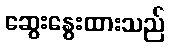
ဆွေးနွေးထားသည်